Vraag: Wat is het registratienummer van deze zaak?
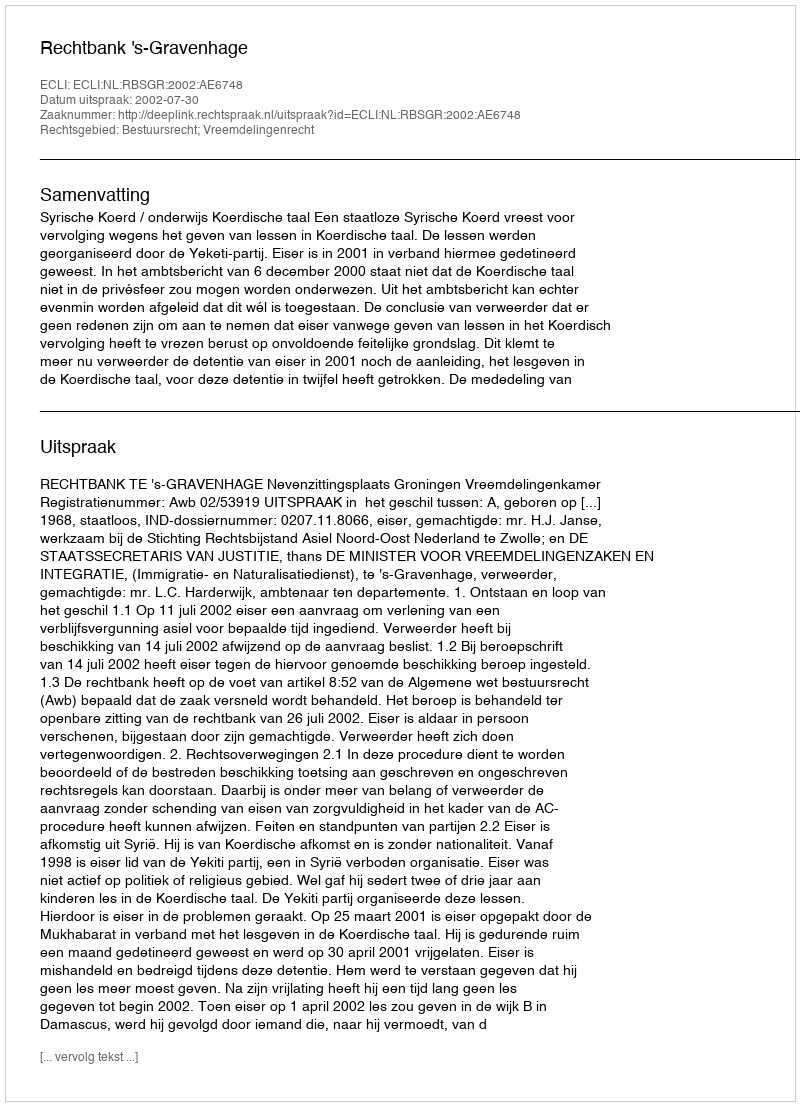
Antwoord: http://deeplink.rechtspraak.nl/uitspraak?id=ECLI:NL:RBSGR:2002:AE6748